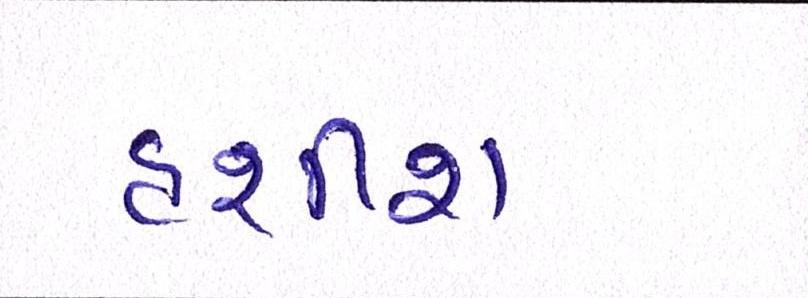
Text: હશીશ